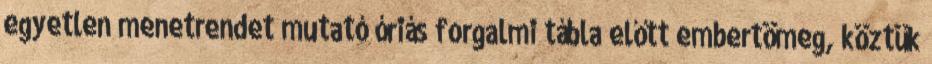
egyetlen menetrendet mutató óriás forgalmi tábla előtt embertömeg, köztük